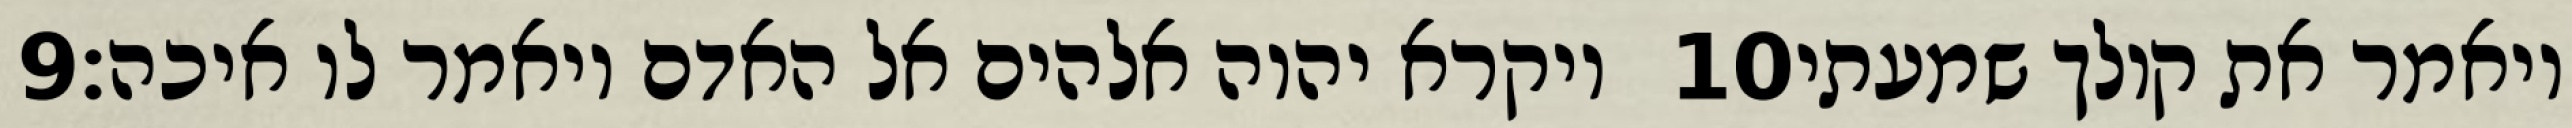
‎9‏ ויקרא יהוה אלהים אל האדם ויאמר לו איכה׃ ‎10‏ ויאמר את קולך שמעתי